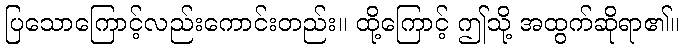
ပြသောကြောင့်လည်းကောင်းတည်း။ ထို့ကြောင့် ဤသို့ အထွက်ဆိုရာ၏။